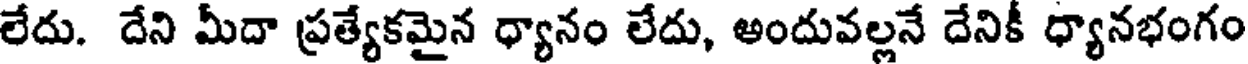
లేదు. దేని మీదా ప్రత్యేకమైన ధ్యానం లేదు, అందువల్లనే దేనికీ ధ్యానభంగం